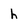
Character: h